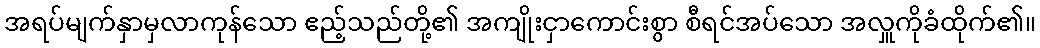
အရပ်မျက်နှာမှလာကုန်သော ဧည့်သည်တို့၏ အကျိုးငှာကောင်းစွာ စီရင်အပ်သော အလှူကိုခံထိုက်၏။